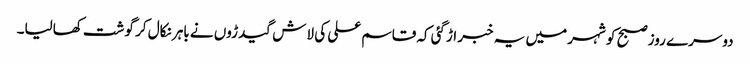
دوسرے روز صبح کو شہر میں یہ خبر اڑگئی کہ قاسم علی کی لاش گیدڑوں نے باہر نکال کر گوشت کھالیا۔